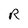
Character: R